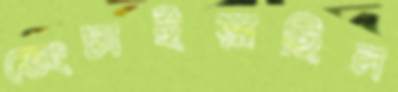
ভেংচাইয়াছিল